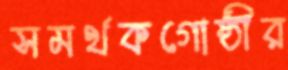
সমর্থকগোষ্ঠীর